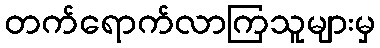
တက်ရောက်လာကြသူများမှ